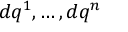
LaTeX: d q ^ { 1 } , \ldots , d q ^ { n }